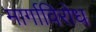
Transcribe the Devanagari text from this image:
मार्गाविरोध